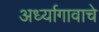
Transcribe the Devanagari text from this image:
अर्ध्यागावाचे